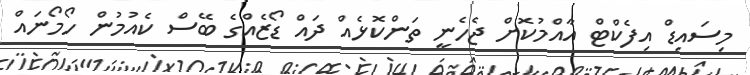
މިސައިޑް އިފެކްޓް އާއްމުކޮށް ޖެހެނީ ތަންކޮޅެއް ދައް ޑޯޒެއްގެ ބޭސް ކެއުމުން ހޯމޯނައް